Annual report of the Bengal Veterinary College and of the Civil Veterinary Department, Bengal, for the year 1919-20 - 1919-1920
Year: 1919
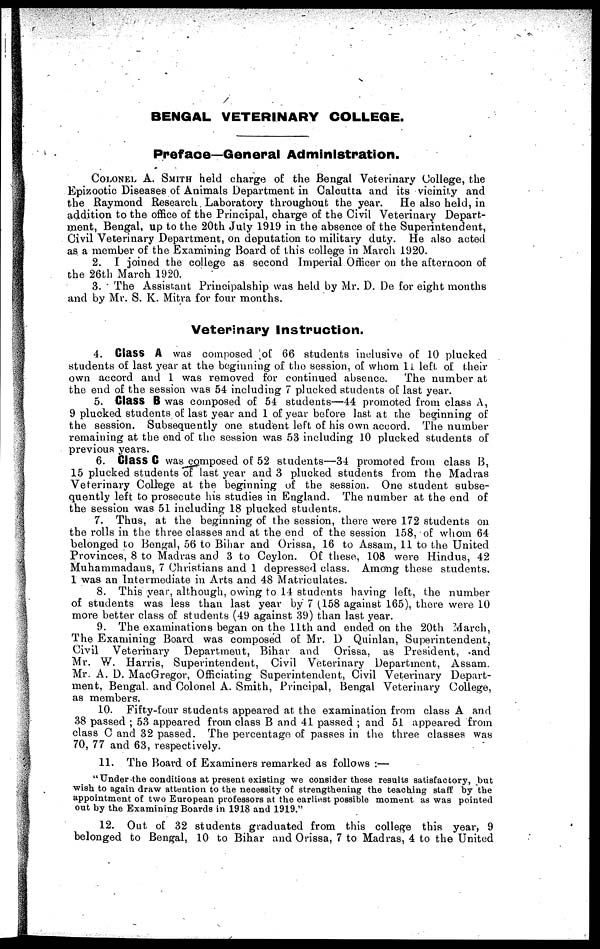
BENGAL VETERINARY COLLEGE.
Preface—General Administration.
COLONEL A. SMITH held charge of the Bengal Veterinary College, the
Epizootic Diseases of Animals Department in Calcutta and its vicinity and
the Raymond Research. Laboratory throughout the year. He also held, in
addition to the office of the Principal, charge of the Civil Veterinary Depart-
ment, Bengal, up to the 20th July 1919 in the absence of the Superintendent,
Civil Veterinary Department, on deputation to military duty. He also acted
as a member of the Examining Board of this college in March 1920.
2. I joined the college as second Imperial Officer on the afternoon of
the 26th March 1920.
3. The Assistant Principalship was held by Mr. D. De for eight months
and by Mr. S. K. Mitra for four months.
Veterinary Instruction.
4. Class A was composed of 66 students inclusive of 10 plucked
students of last year at the beginning of the session, of whom 11 left of their
own accord and 1 was removed for continued absence. The number at
the end of the session was 54 including 7 plucked students of last year.
5. Class B was composed of 54 students—44 promoted from class A,
9 plucked students of last year and 1 of year before last at the beginning of
the session. Subsequently one student left of his own accord. The number
remaining at the end of the session was 53 including 10 plucked students of
previous years.
6. Class C was composed of 52 students—34 promoted from class B,
15 plucked students of last year and 3 plucked students from the Madras
Veterinary College at the beginning of the session. One student subse-
quently left to prosecute his studies in England. The number at the end of
the session was 51 including 18 plucked students.
7. Thus, at the beginning of the session, there were 172 students on
the rolls in the three classes and at the end of the session 158, of whom 64
belonged to Bengal, 56 to Bihar and Orissa, 16 to Assam, 11 to the United
Provinces, 8 to Madras and 3 to Ceylon. Of these, 108 were Hindus, 42
Muhammadans, 7 Christians and 1 depressed class. Among these students,
1 was an Intermediate in Arts and 48 Matriculates.
8. This year, although, owing to 14 students having left, the number
of students was less than last year by 7 (158 against 165), there were 10
more better class of students (49 against 39) than last year.
9. The examinations began on the 11th and ended on the 20th March,
The Examining Board was composed of Mr. 1) Quinlan, Superintendent,
Civil Veterinary Department, Bihar and Orissa, as President, and
Mr. W. Harris, Superintendent, Civil Veterinary Department, Assam.
Mr. A. D. MacGregor, Officiating Superintendent, Civil Veterinary Depart-
ment, Bengal, and Colonel A. Smith, Principal, Bengal Veterinary College,
as members.
10. Fifty-four students appeared at the examination from class A and
38 passed; 53 appeared from class B and 41 passed; and 51 appeared from
class C and 32 passed. The percentage of passes in the three classes was
70, 77 and 63, respectively.
11. The Board of Examiners remarked as follows:—
"Under the conditions at present existing we consider these results satisfactory, but
wish to again draw attention to the necessity of! strengthening the teaching staff by the
appointment of two European professors at the earliest possible moment as was pointed
out by the Examining Boards in 1918 and 1919."
12. Out of 32 students graduated from this college this year, 9
belonged to Bengal, 10 to Bihar and Orissa, 7 to Madras, 4 to the United